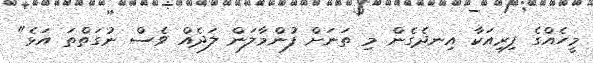
މީހެއްގެ ފިރިއަކާ އިނދެގެން މި ތަނަށް ފުންމާލަން ލަދެއް ވެސް ނުގަތްތަ އަޅެ"